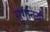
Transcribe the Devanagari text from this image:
सुगतियों